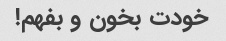
خودت بخون و بفهم!